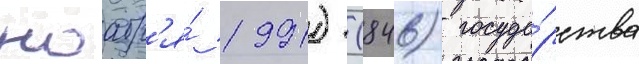
ноабр'я́ 1991) (846) госуда́рства